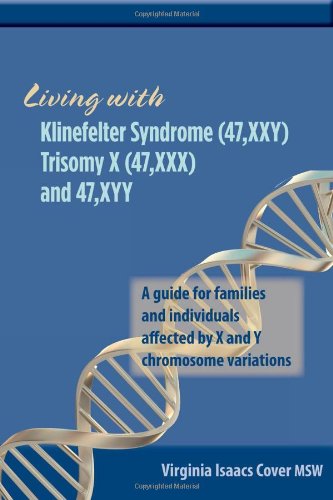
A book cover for Living with Klinefelter Syndrome (47,XXY) Trisomy X (47,XXX) and 47,XYY: A guide for families and individuals affected by X and Y chromosome variations; Virginia Isaacs Cover; Health, Fitness & Dieting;